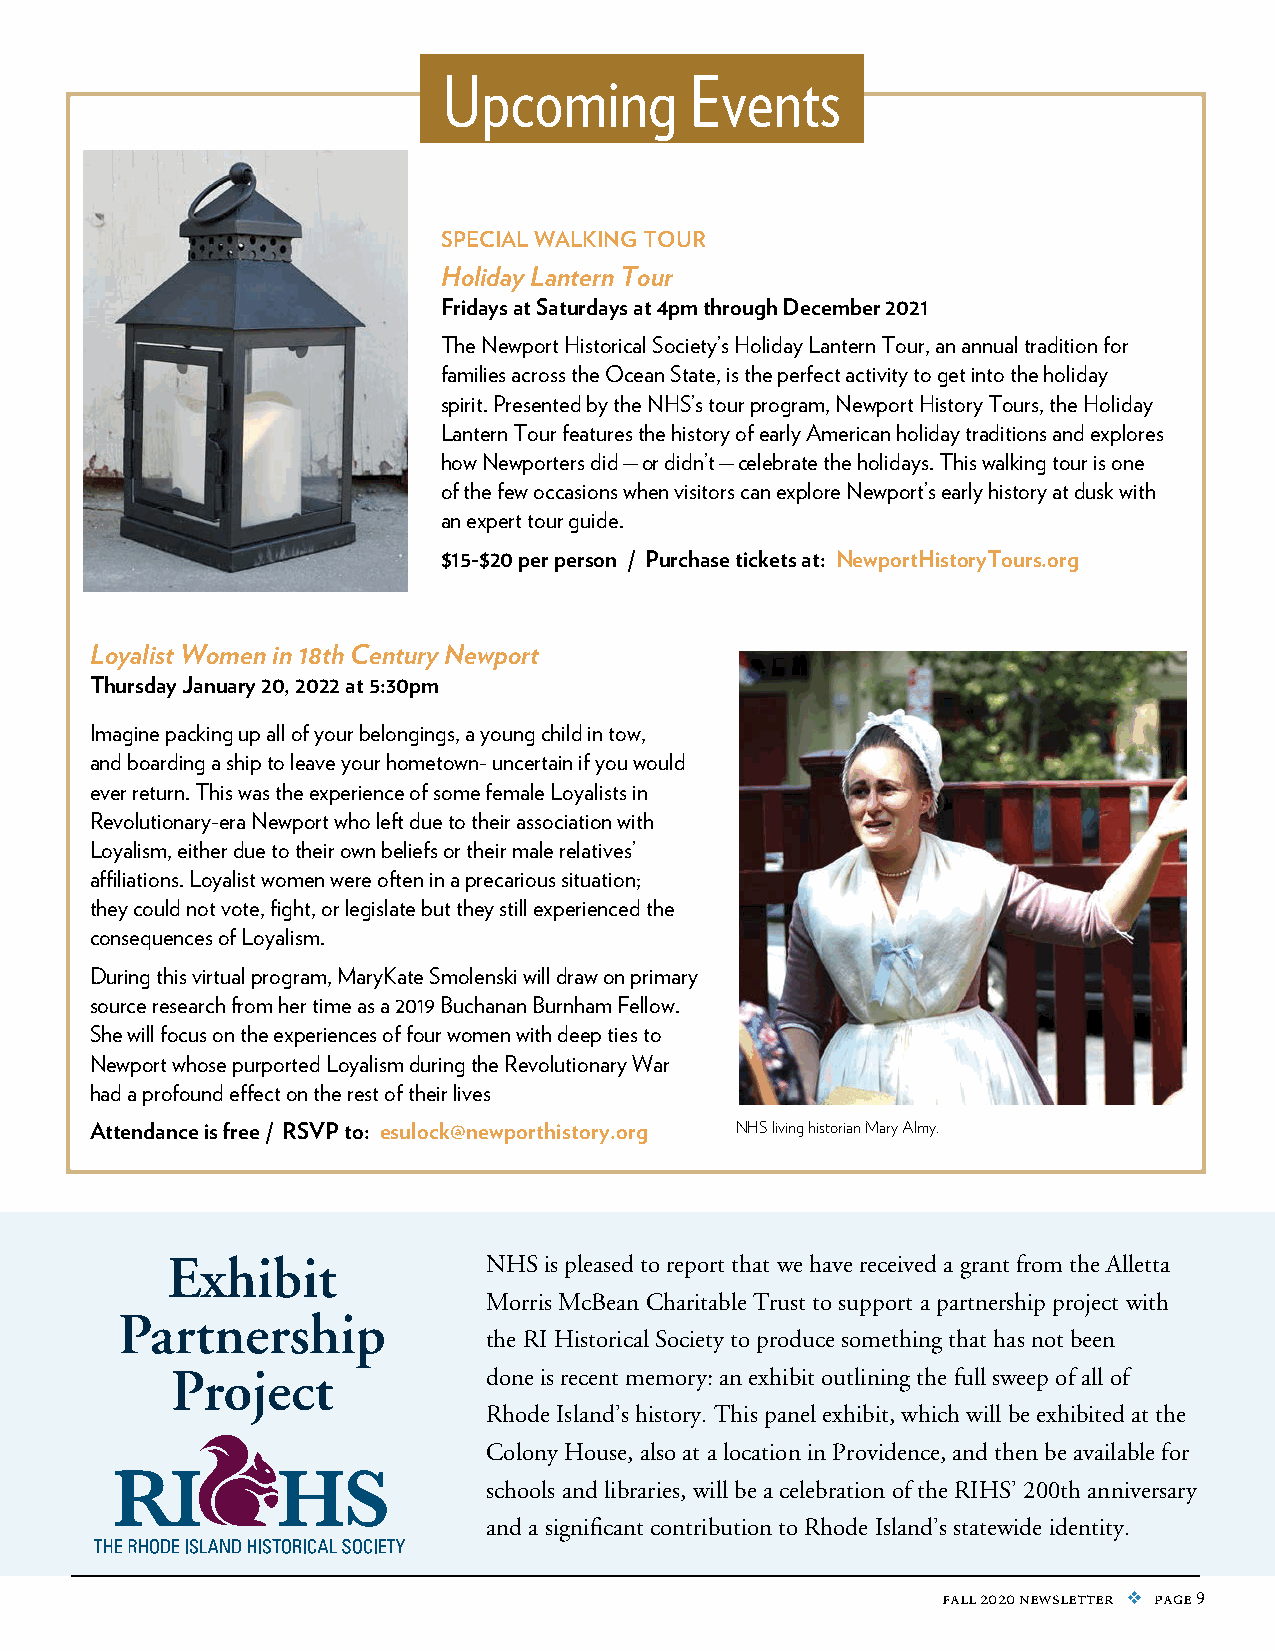
Upcoming         Events
 special walking tour
 Holiday Lantern Tour
 Fridays at Saturdays at 4pm through December 2021
 The Newport Historical Society’s Holiday Lantern Tour, an annual tradition for
 families across the Ocean State, is the perfect activity to get into the holiday
 spirit. Presented by the NHS’s tour program, Newport History Tours, the Holiday
 Lantern Tour features the history of early American holiday traditions and explores
 how Newporters did — or didn’t — celebrate the holidays. This walking tour is one
 of the few occasions when visitors can explore Newport’s early history at dusk with
 an expert tour guide.
 $15-$20 per person / Purchase tickets at: NewportHistoryTours.org
 Loyalist Women in 18th Century Newport
 Thursday January 20, 2022 at 5:30pm
 Imagine packing up all of your belongings, a young child in tow,
 and boarding a ship to leave your hometown- uncertain if you would
 ever return. This was the experience of some female Loyalists in
 Revolutionary-era Newport who left due to their association with
 Loyalism, either due to their own beliefs or their male relatives’
 affiliations. Loyalist women were often in a precarious situation;
 they could not vote, fight, or legislate but they still experienced the
 consequences of Loyalism.
 During this virtual program, MaryKate Smolenski will draw on primary
 source research from her time as a 2019 Buchanan Burnham Fellow.
 She will focus on the experiences of four women with deep ties to
 Visiting Curator of Living History Sean OBrien stop outside of the Wanton-Lyman-Hazard House
 during the Rum and Revolution tour. Newport whose purported Loyalism during the Revolutionary War
 had a profound effect on the rest of their lives
 Attendance is free / RSVP to: esulock@newporthistory.org NHS living historian Mary Almy.
 Exhibit              NHS is pleased to report that we have received a grant from the Alletta
 Morris McBean Charitable Trust to support a partnership project with
 Partnership
 the RI Historical Society to produce something that has not been
 Project              done is recent memory: an exhibit outlining the full sweep of all of
 Rhode Island’s history. This panel exhibit, which will be exhibited at the
 Colony House, also at a location in Providence, and then be available for
 schools and libraries, will be a celebration of the RIHS’ 200th anniversary
 and a significant contribution to Rhode Island’s statewide identity.
 fall 2020 newsletter v page 9